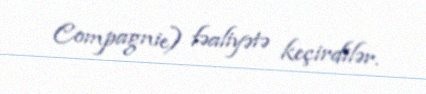
Compagnie) fəaliyətə keçirdilər.